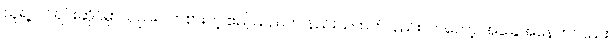
သူရဲ့ ပင်ရင်းဆိုင်မှာလည်း လာစားတဲ့ ဧည့်သည်က နည်းသထက် နည်းလာတော့ အခြေအနေကလည်း